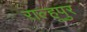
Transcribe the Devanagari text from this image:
राल्हूपुर